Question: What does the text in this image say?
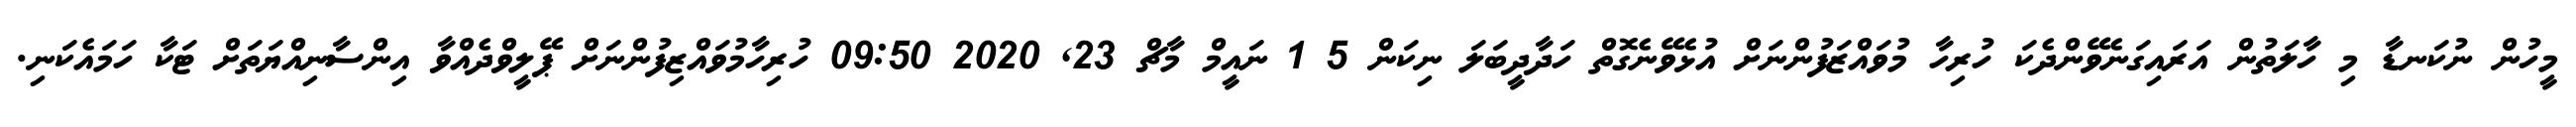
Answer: މީހުން ނުކަނޑާ މި ހާލަތުން އަރައިގަނެވޭންދެކަ ހުރިހާ މުވައްޒަފުންނަށް އުޅެވޭނެގޮތް ހަދާދީބަލަ ނިކަން 5 1 ނައީމް މާޗް 23, 2020 09:50 ހުރިހާމުވައްޒިފުންނަށް ޕޭލީވްދެއްވާ އިންސާނިއްޔަތަށް ޓަކާ ހަމައެކަނި.